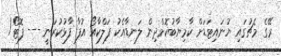
ރޭގެ މެޗުގައި ޔުނައިޓަޑަށް ކާމިޔާބުކޮށްދިން ލަނޑާއެކު ފަލްކާއޯ އުފާ ފާޅުކުރަނީ --- ފޮޓޯ/